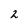
Character: 2